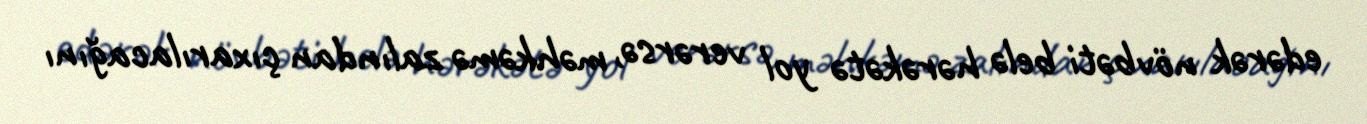
edərək növbəti belə hərəkətə yol verərsə, məhkəmə zalından çıxarılacağını